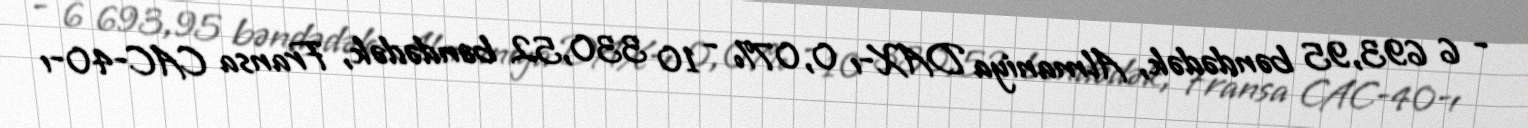
- 6 693,95 bəndədək, Almaniya DAX-ı 0,07% - 10 330,52 bəndədək, Fransa CAC-40-ı